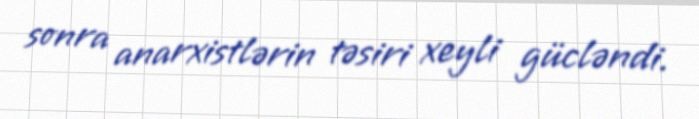
sonra anarxistlərin təsiri xeyli gücləndi.